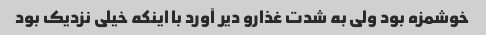
خوشمزه بود ولی به شدت غذارو دیر آورد با اینکه خیلی نزدیک بود